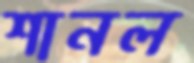
শানল